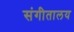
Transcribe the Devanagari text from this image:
संगीतालय